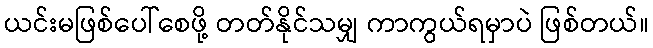
ယင်းမဖြစ်ပေါ်စေဖို့ တတ်နိုင်သမျှ ကာကွယ်ရမှာပဲ ဖြစ်တယ်။